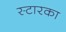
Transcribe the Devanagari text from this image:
स्टारका